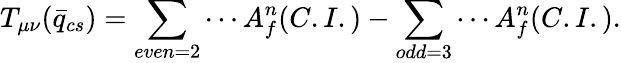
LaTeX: T_{\mu\nu}(\bar{q}_{cs})=\sum_{even=2}\cdots A_{f}^{n}(C.I.)-\sum_{odd=3}\cdots A_{f}^{n}(C.I.).